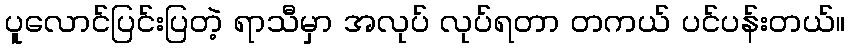
ပူလောင်ပြင်းပြတဲ့ ရာသီမှာ အလုပ် လုပ်ရတာ တကယ် ပင်ပန်းတယ်။